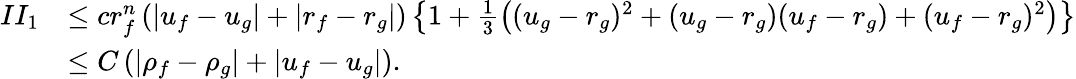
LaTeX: \begin{array}{rl}{II_{1}}&{\le cr_{f}^{n}\left(|u_{f}-u_{g}|+|r_{f}-r_{g}|\right)\left\{ 1+\frac 13\left((u_{g}-r_{g})^{2}+(u_{g}-r_{g})(u_{f}-r_{g})+(u_{f}-r_{g})^{2}\right)\right\} }\\ &{\le C\left(|\rho_{f}-\rho_{g}|+|u_{f}-u_{g}|\right).}\end{array}